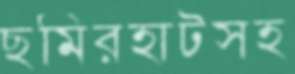
ছমিরহাটসহ